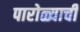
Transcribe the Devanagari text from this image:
पारोळ्याची